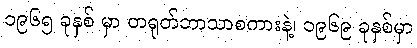
၁၉၆၅ ခုနှစ် မှာ တရုတ်ဘာသာစကားနဲ့၊ ၁၉၆၉ ခုနှစ်မှာ